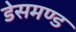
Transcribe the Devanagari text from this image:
डेसमण्ड